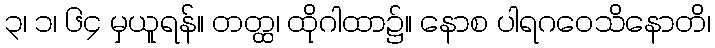
၃၊ ၁၊ ၆၄ မှယူရန်။ တတ္ထ၊ ထိုဂါထာ၌။ နောစ ပါရဂဝေသိနောတိ၊